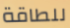
للطاقة